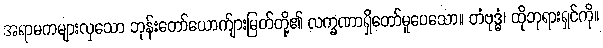
အရာမကများလှသော ဘုန်းတော်ယောက်ျားမြတ်တို့၏ လက္ခဏာရှိတော်မူပေသော။ တံဗုဒ္ဓံ၊ ထိုဘုရားရှင်ကို။